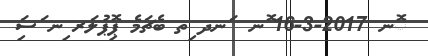
ޮނ 2017-3-16 ޮނ  ަނދ ިތ ބެޗަމެ ޕިޮޕުލަރ ިނ ަސިަ